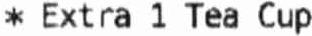
* EXTRA 1 TEA CUP